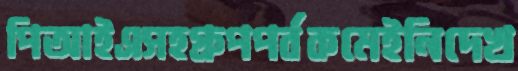
পিআইএসহগ্রুপপর্বকমেইনিদেখ